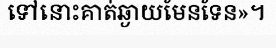
ទៅនោះគាត់ឆ្ងាយមែនទែន»។